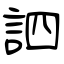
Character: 訵